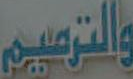
والترميم